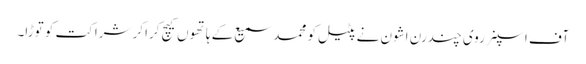
آف اسپنر روی چندرن اشون نے پٹیل کو محمد سمیع کے ہاتھوں کیچ کراکر شراکت کو توڑا۔